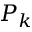
P _ { k }